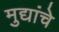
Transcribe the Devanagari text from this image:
मुद्यांचे